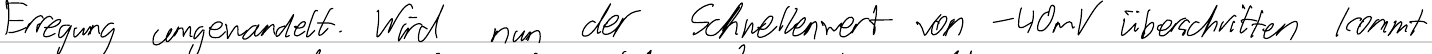
Erregung umgewandelt. Wird nun der Schwellenwert von -40mV überschritten kommt